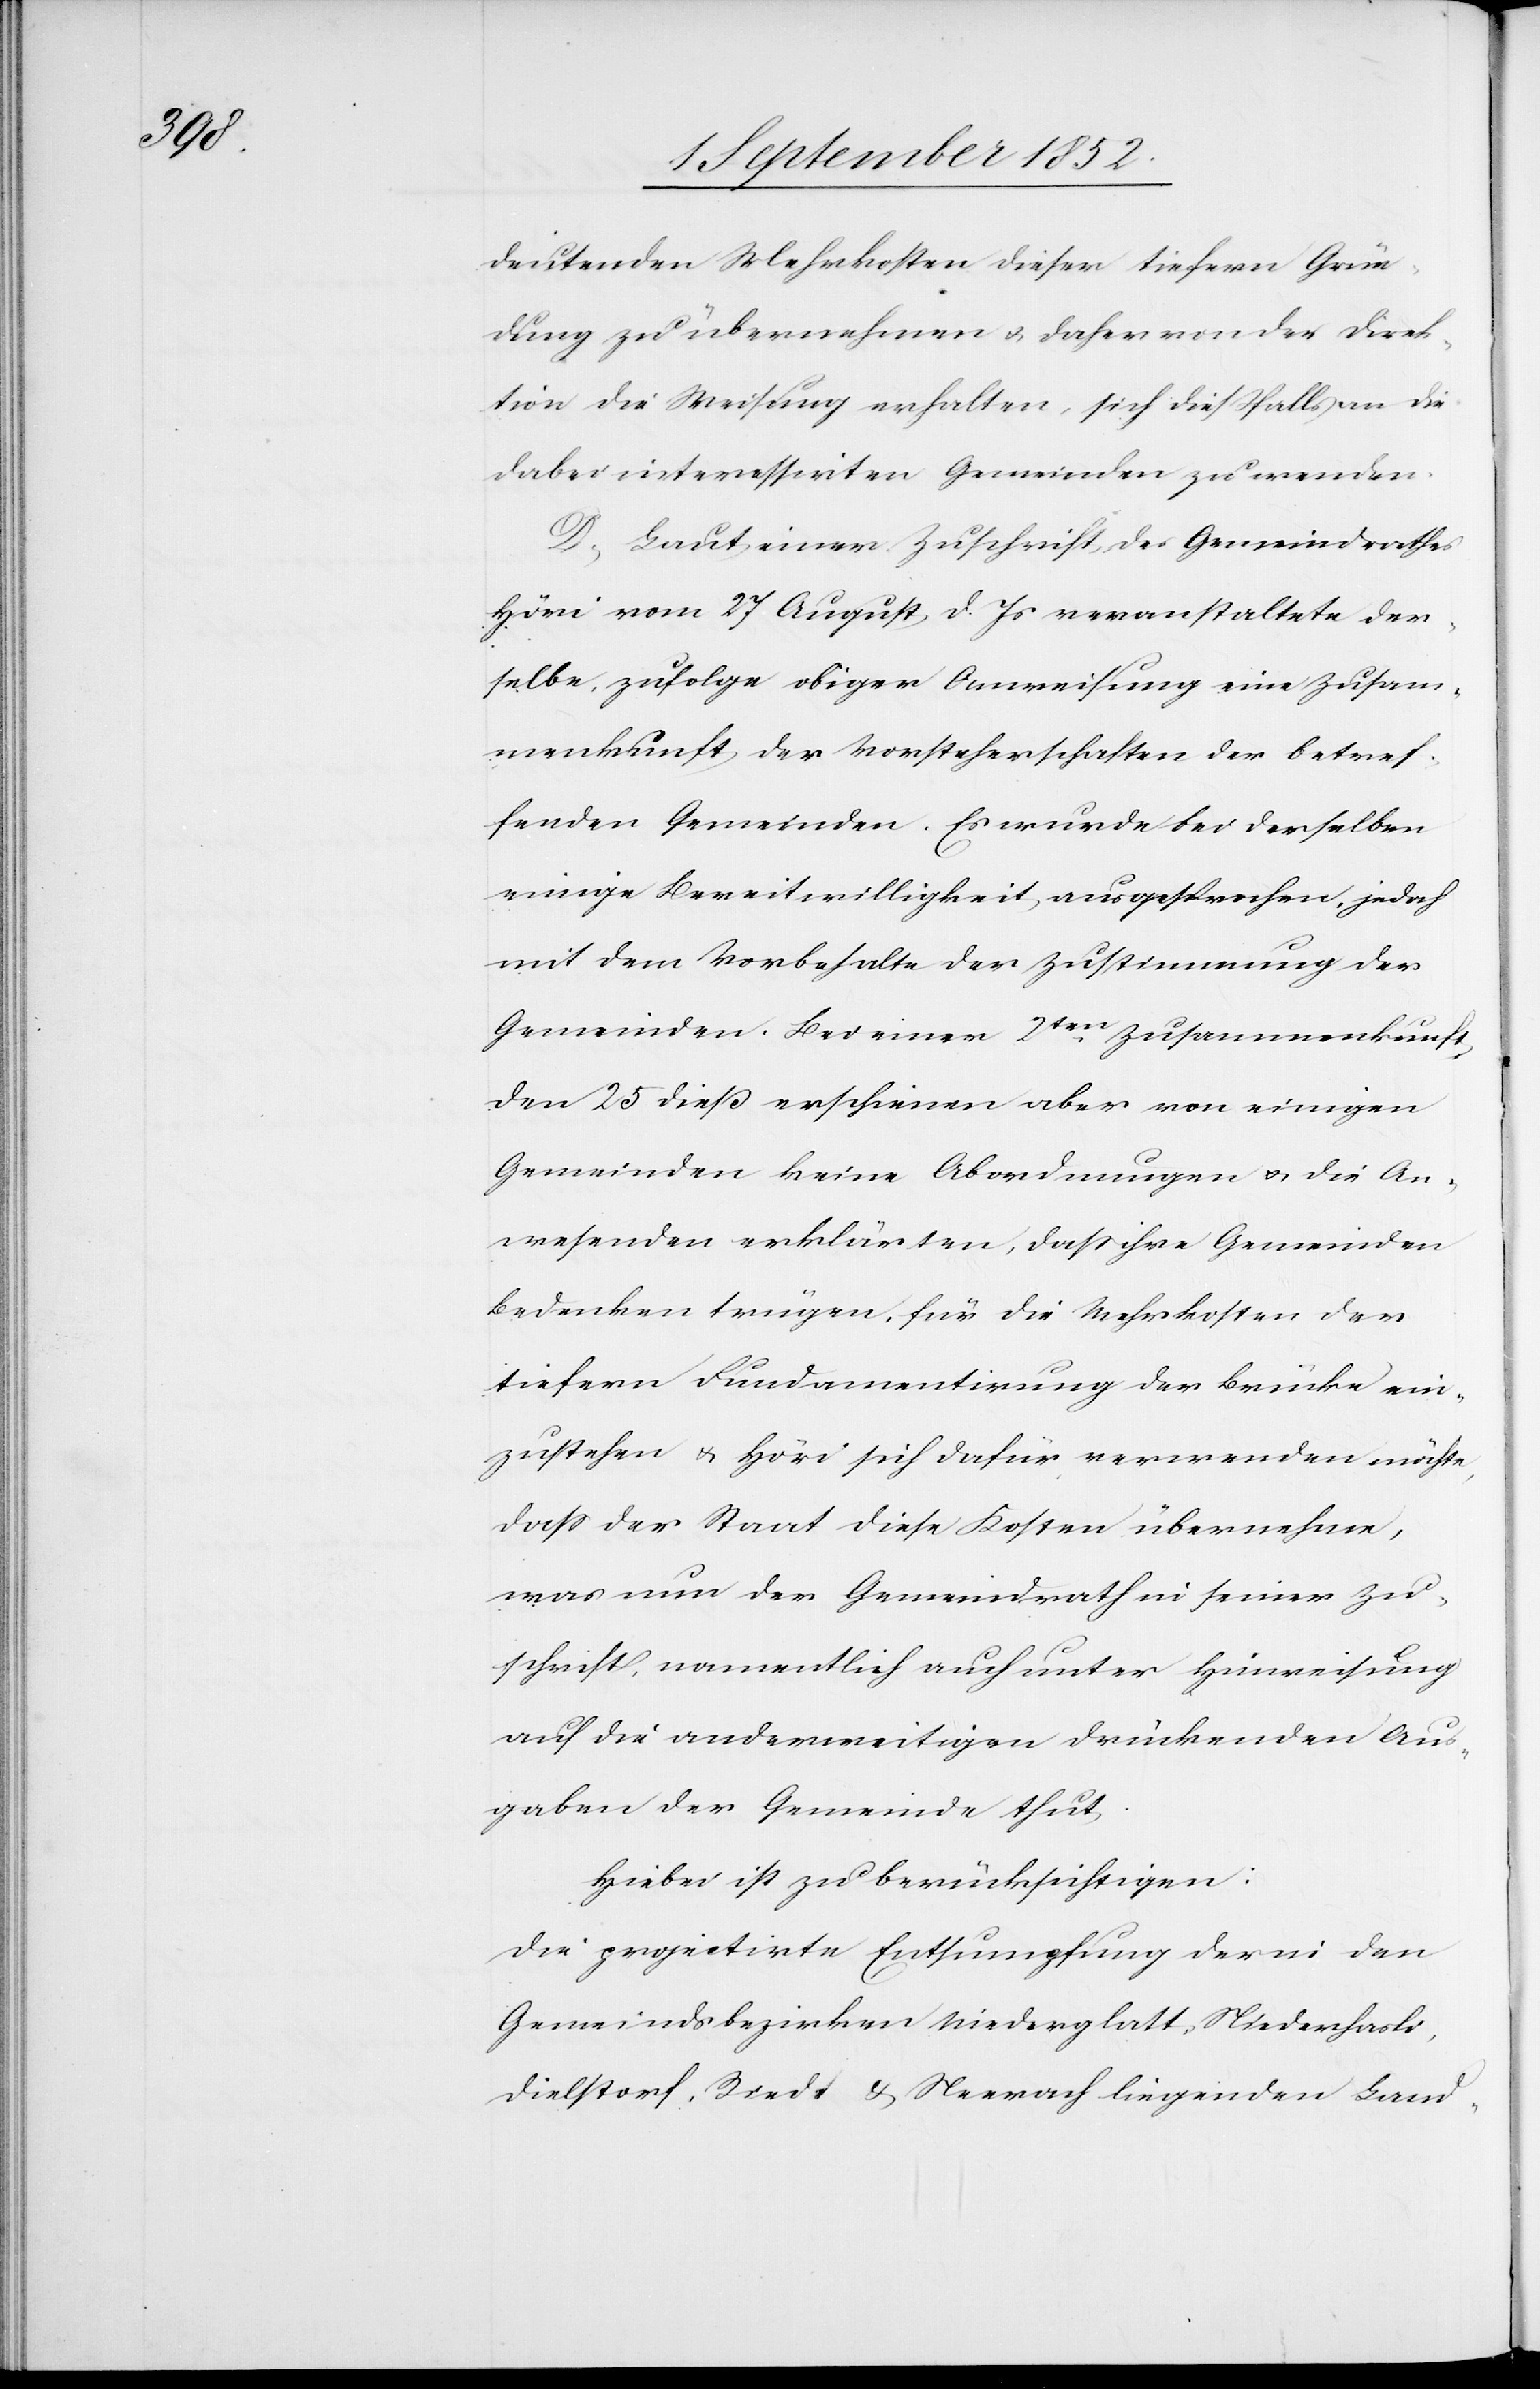
deutenden Mehrkosten dieser tiefern Grün¬
dung zu übernehmen & daher von der Direk¬
tion die Weisung erhalten, sich dießfalls an die
dabei interessirten Gemeinden zu wenden.
D, Laut einer Zuschrift des Gemeindrathes
Höri vom 27 August d. Js veranstaltete der¬
selbe, zufolge obiger Anweisung eine Zusam¬
menkunft der Vorsteherschaften der betref¬
fenden Gemeinden. Es wurde bei derselben
einige Bereitwilligkeit ausgesprochen, jedoch
mit dem Vorbehalte der Zustimmung der
Gemeinden. Bei einer 2ten. Zusammenkunft
den 25 dieß erschienen aber von einigen
Gemeinden keine Abordnungen & die An¬
wesenden erklärten, dass ihre Gemeinden
Bedenken trügen, für die Mehrkosten der
tiefern Fundamentirung der Brücke ein¬
zustehen & Höri sich dafür verwenden möchte,
dass der Staat diese Kosten übernehme,
was nun der Gemeindrath in seiner Zu¬
schrift, namentlich auch unter Hinweisung
auf die anderweitigen drückenden Aus¬
gaben der Gemeinde thut.
Hiebei ist zu berücksichtigen:
Die projectirte Entsumpfung der in den
Gemeindsbezirken Niederglatt, Niederhasli,
Dielstorf, Riedt & Neerach liegenden Land-